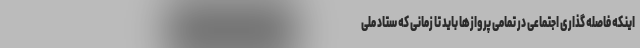
اینکه فاصله گذاری اجتماعی در تمامی پروازها باید تا زمانی که ستاد ملی